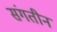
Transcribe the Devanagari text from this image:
संगतीनं